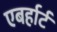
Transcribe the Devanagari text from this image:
एबर्हार्ट